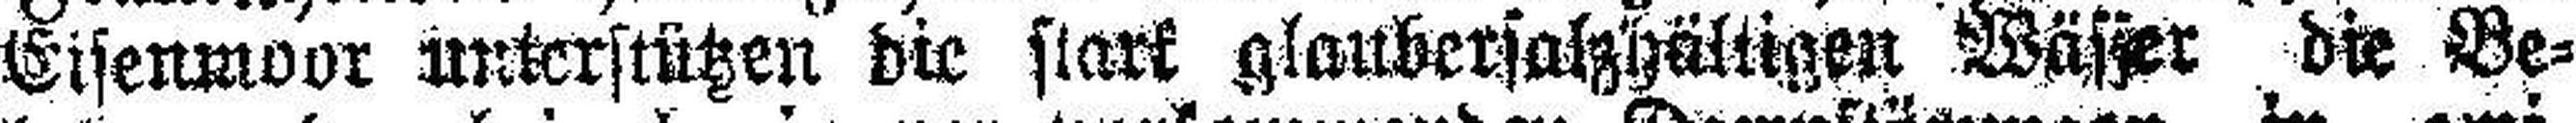
Eisenmoor unterstützen die stark glaubersalzhältigen Wässer die Be¬